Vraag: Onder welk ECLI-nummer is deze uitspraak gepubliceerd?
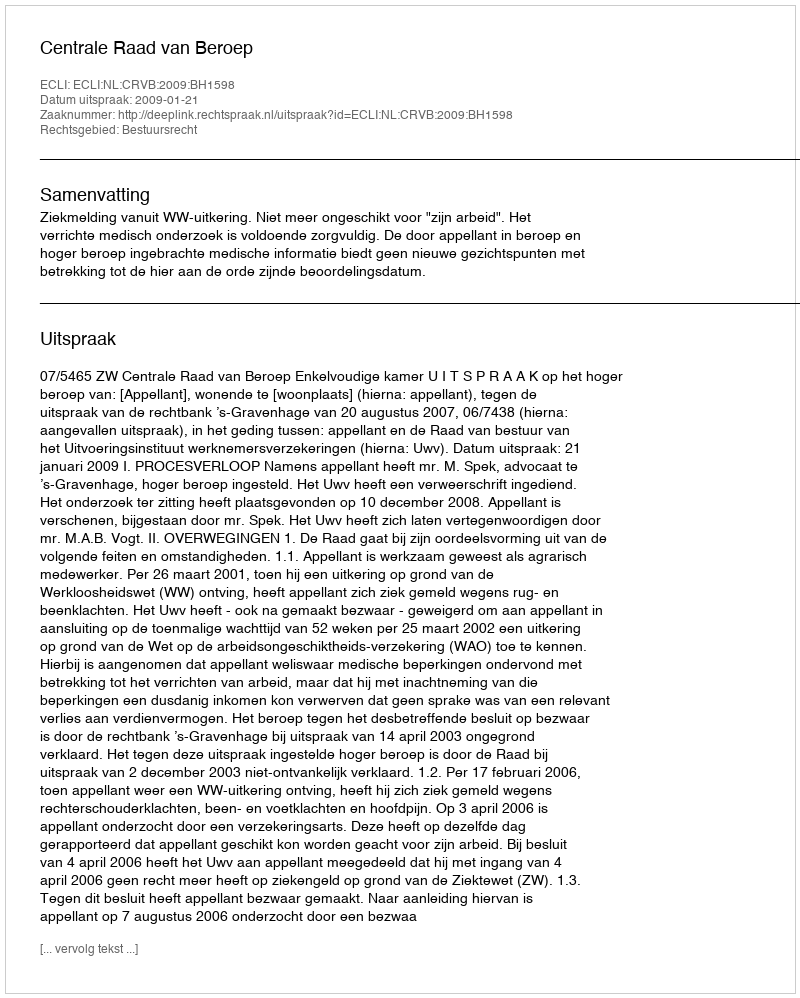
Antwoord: ECLI:NL:CRVB:2009:BH1598